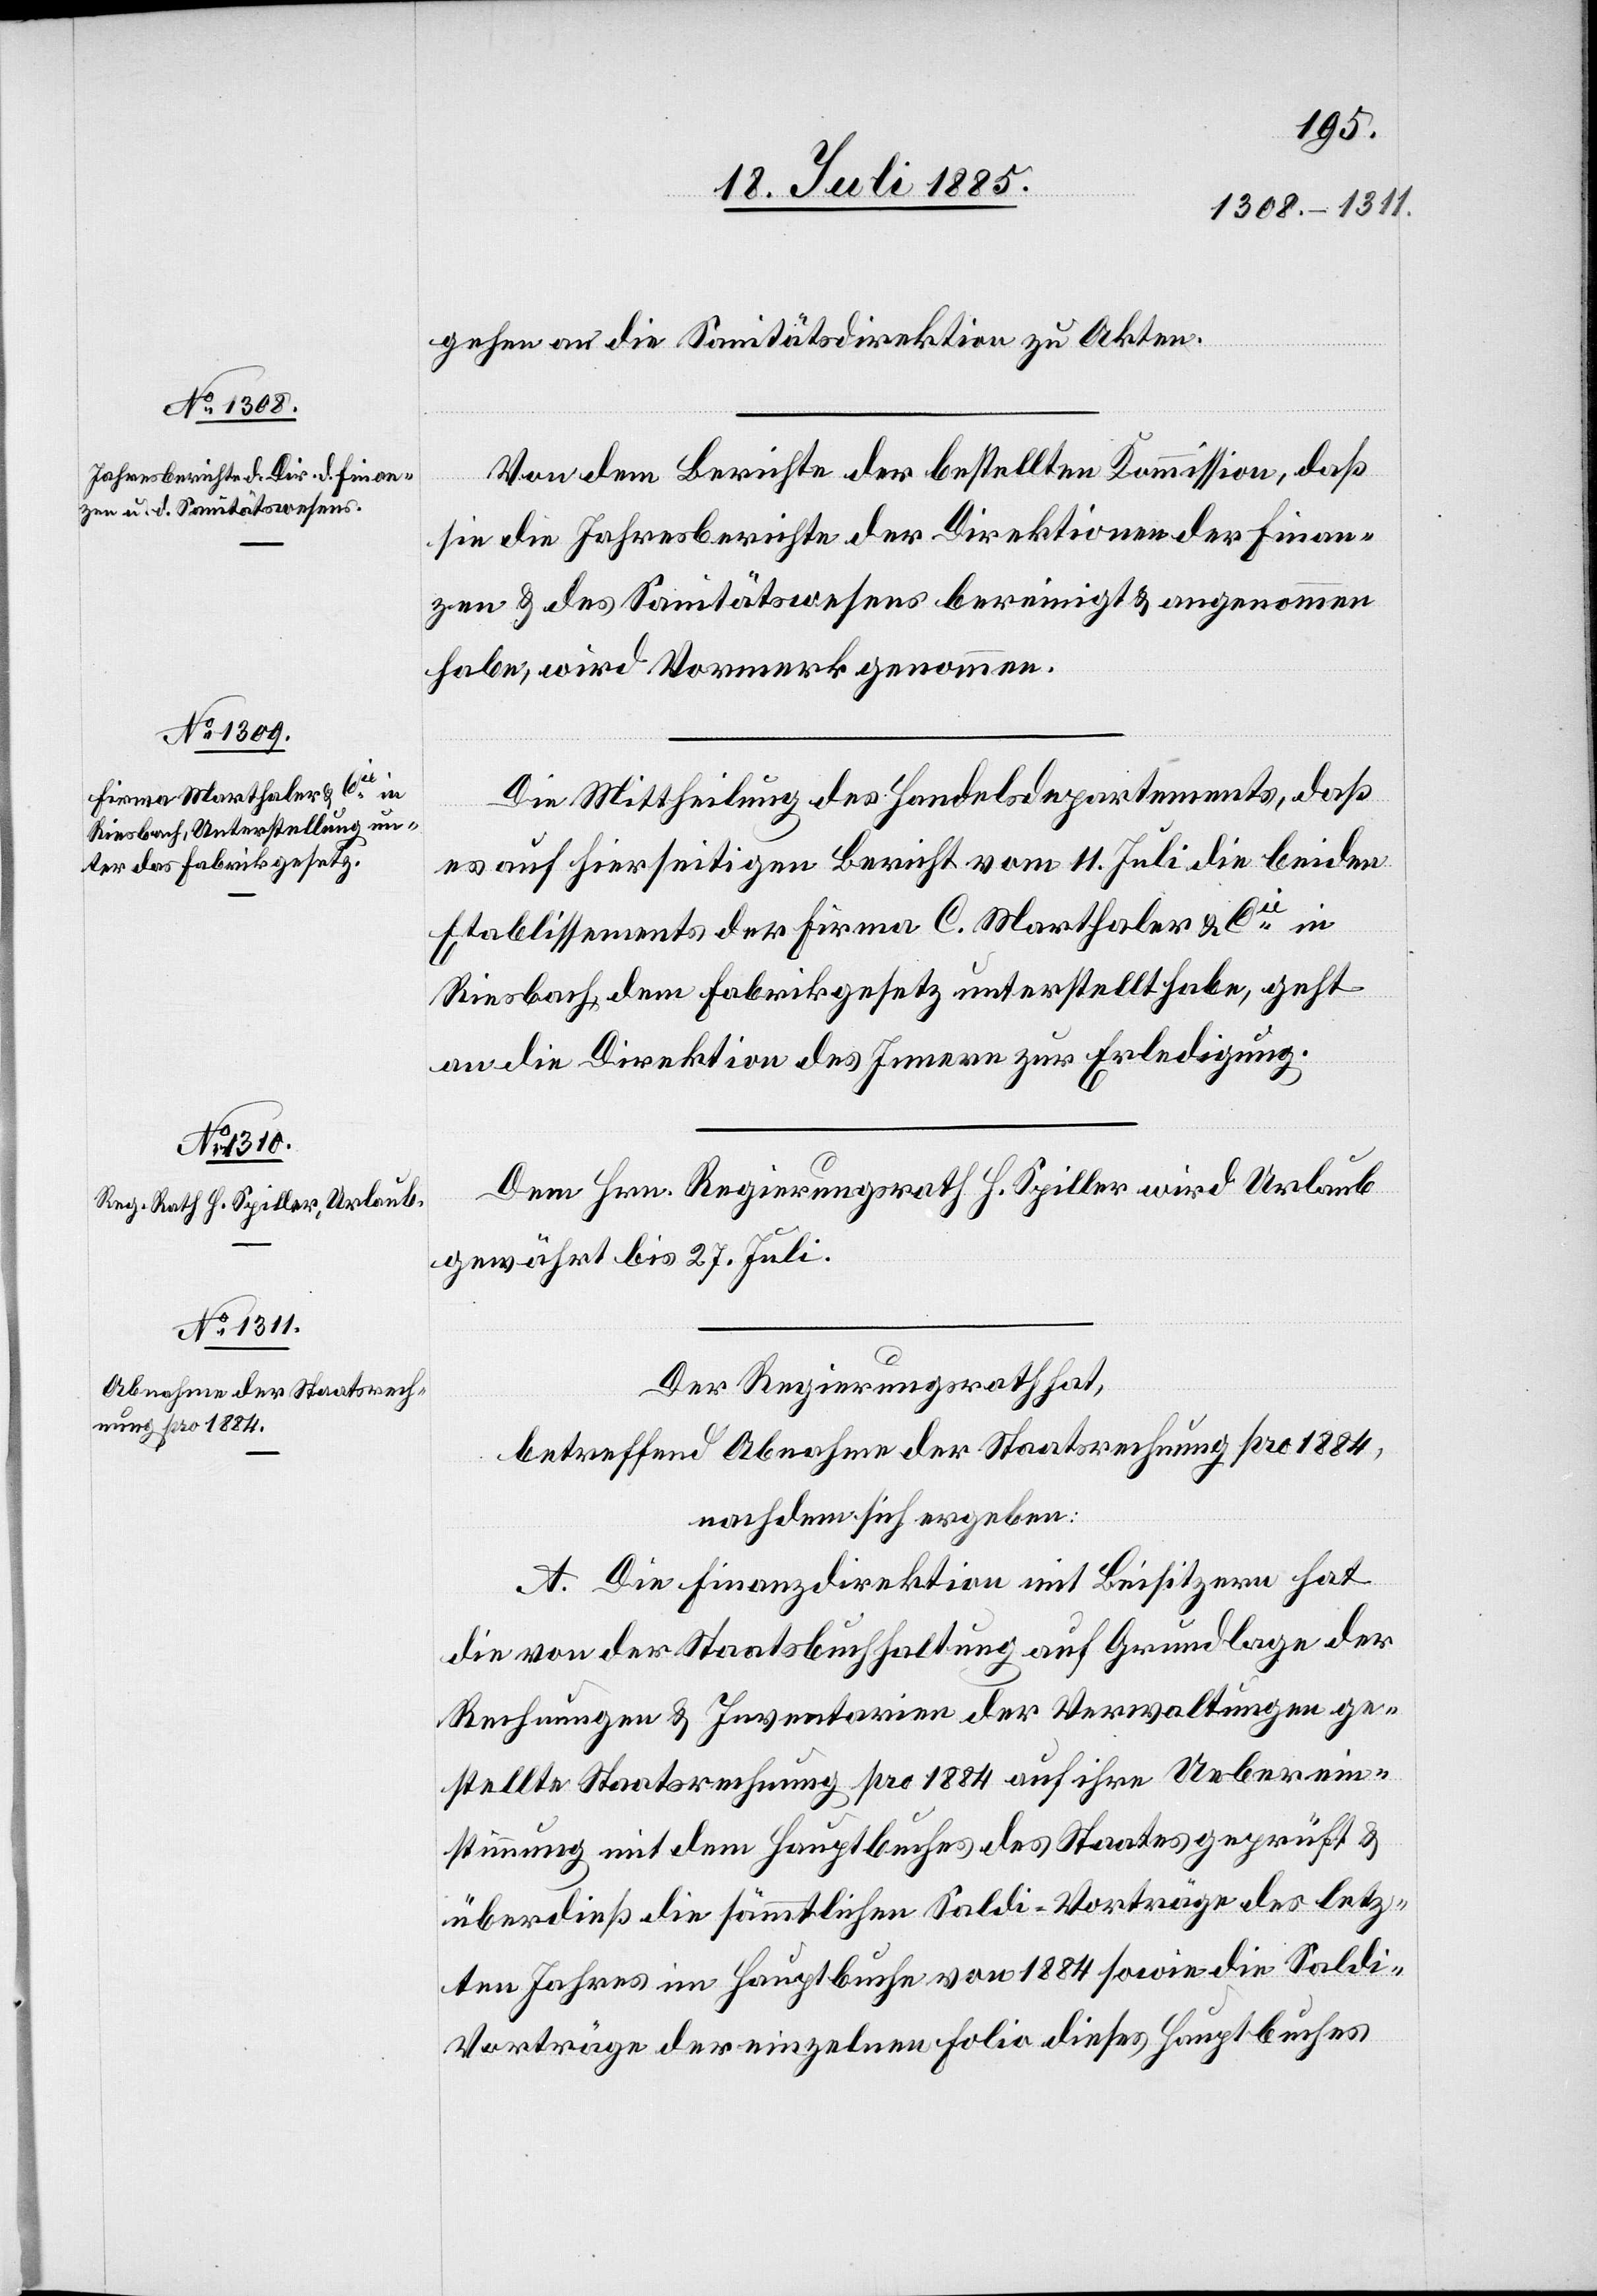
gehen an die Sanitätsdirektion zu Akten.
Von dem Berichte der bestellten Kommission, daß
sie die Jahresberichte der Direktionen der Finan¬
zen & des Sanitätswesens bereinigt & angenommen
habe, wird Vormerk genommen.
Die Mittheilung des Handelsdepartements, daß
es auf hierseitigen Bericht vom 11. Juli die beiden
Etablissements der Firma C. Marthaler & Cie in
Riesbach, dem Fabrikgesetz unterstellt habe, geht
an die Direktion des Innern zur Erledigung.
Dem Hrn. Regierungsrath H. Spiller wird Urlaub
gewährt bis 27. Juli.
Der Regierungsrath hat,
betreffend Abnahme der Staatsrechnung pro 1884,
nachdem sich ergeben:
A. Die Finanzdirektion mit Beisitzern hat
die von der Staatsbuchhaltung auf Grundlage der
Rechnungen & Inventarien der Verwaltungen ge¬
stellte Staatsrechnung pro 1884 auf ihre Ueberein¬
stimmung mit dem Hauptbuches [sic!] des Staates geprüft &
überdieß die sämmtlichen Saldi-Vorträge des letz¬
ten Jahres im Hauptbuche von 1884 sowie die Saldi-V¬
orträge der einzelnen Folio dieses Hauptbuches